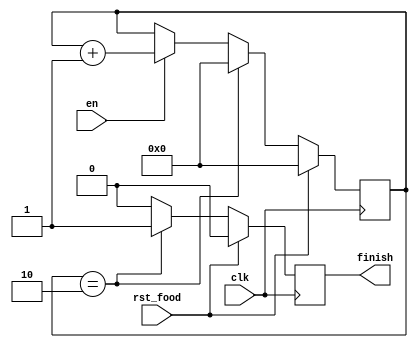
`timescale 1ns / 1ps
//////////////////////////////////////////////////////////////////////////////////
// Company: 
// Engineer: 
// 
// Design Name: 
// Module Name:    timer 
// Project Name: 
// Target Devices: 
// Tool versions: 
// Description: 
//
// Dependencies: 
//
// Revision: 
// Revision 0.01 - File Created
// Additional Comments: 
//
//////////////////////////////////////////////////////////////////////////////////
module timer(clk,en,finish,rst_food
    );
input clk;
input en;
input rst_food;
output reg finish;
reg [3:0]counter;
initial
begin
	counter<=0;
	finish=0;
end

always @(posedge clk)
begin
	if(rst_food==1)
	begin
		counter<=0;
		finish<=0;
	end
	else
		begin
		if(counter==2)
		begin
			counter<=0;
			finish<=1;
		end
		else
		begin
			if(en==1)
				begin
				counter<=counter+1;
			end
			finish<=0;
		end
	end
end
endmodule